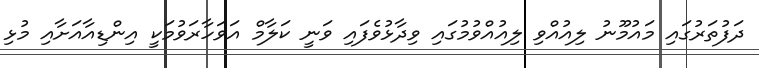
ދަފުތަރުގައި މައުމޫނު ލިއުއްވި ލިއުއްވުމުގައި ވިދާޅުވެފައި ވަނީ ކަލާމް އަވަހާރަވުމަކީ އިންޑިއާއަށާއި މުޅި